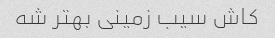
کاش سیب زمینی بهتر شه